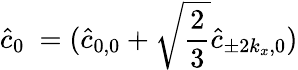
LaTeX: \hat{c}_{0}~=(\hat{c}_{0,0}+\sqrt{\frac{2}{3}}\hat{c}_{\pm 2k_{x},0})